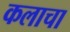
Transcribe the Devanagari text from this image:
कलाचा